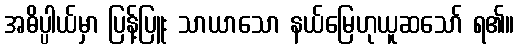
အဓိပ္ပါယ်မှာ ပြန့်ပြူး သာယာသော နယ်မြေဟုယူဆသော် ရ၏။